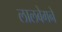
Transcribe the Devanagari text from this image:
लालबेगने